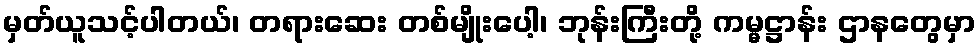
မှတ်ယူသင့်ပါတယ်၊ တရားဆေး တစ်မျိုးပေါ့၊ ဘုန်းကြီးတို့ ကမ္မဋ္ဌာန်း ဌာနတွေမှာ